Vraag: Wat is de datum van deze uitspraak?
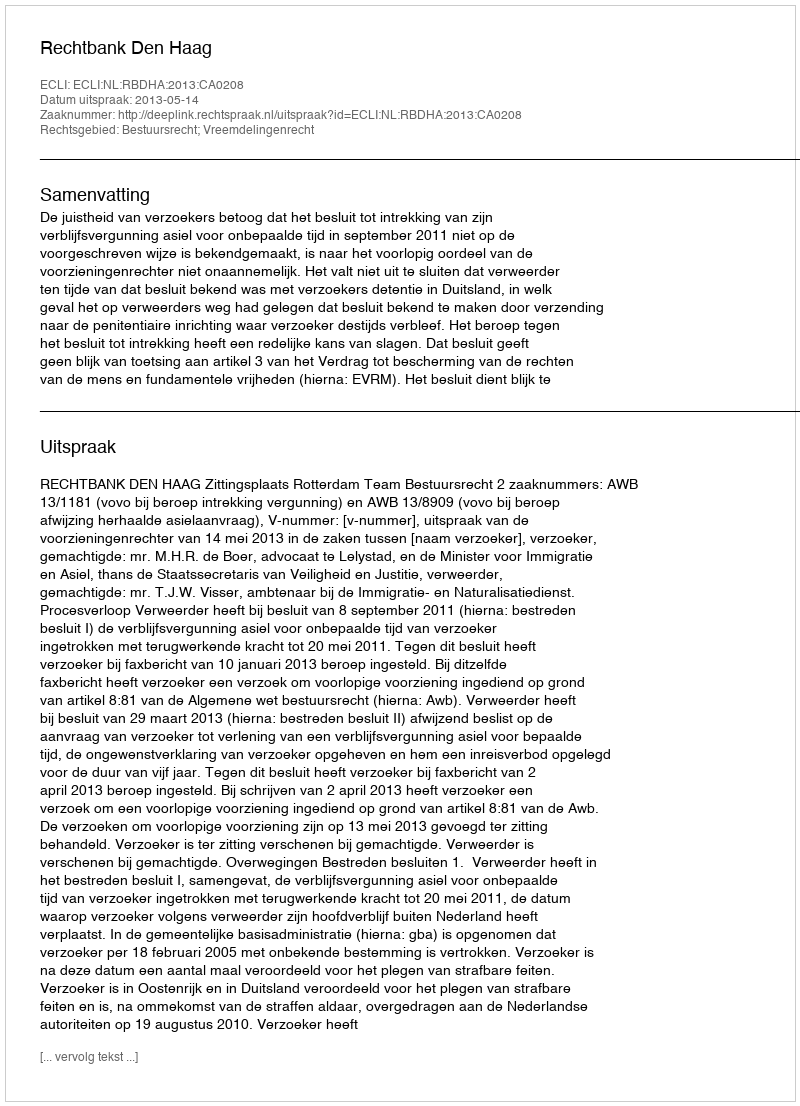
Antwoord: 2013-05-14